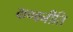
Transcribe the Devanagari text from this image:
कण्वनीति